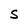
Character: S